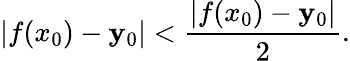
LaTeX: |f(x_{0})-\mathbf{y}_{0}|<{\frac{{|f(x_{0})-\mathbf{y}_{0}|}}{{2}}}.